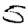
Digit: 5